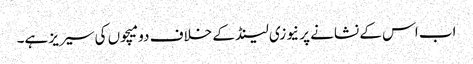
اب اس کے نشانے پر نیوزی لینڈ کے خلاف دو میچوں کی سیریز ہے۔